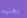
يعنيه